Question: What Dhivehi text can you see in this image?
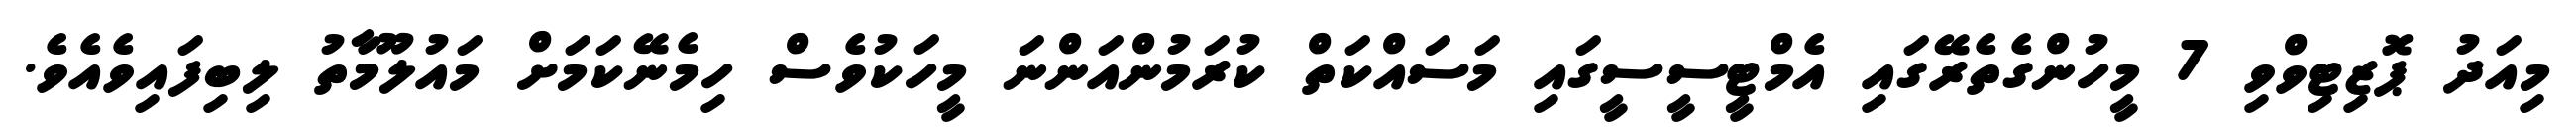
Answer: މިއަދު ޕޮޒިޓިވްވި 7 މީހުންގެތެރޭގައި އެމްޓީސީސީގައި މަސައްކަތް ކުރަމުންއަންނަ މީހަކުވެސް ހިމެނޭކަމަށް މައުލޫމާތު ލިބިފައިވެއެވެ.